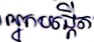
អ្នកបង្កើត